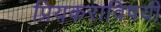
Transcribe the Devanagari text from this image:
प्रियकराविषयी